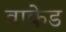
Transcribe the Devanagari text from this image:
वाकेड